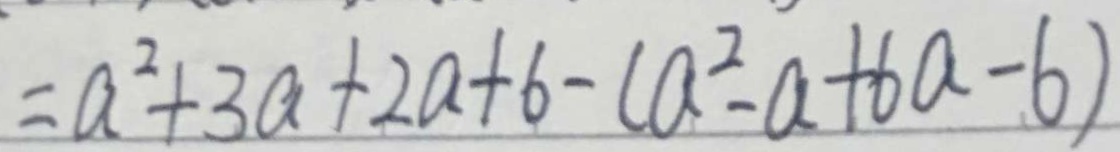
= a ^ { 2 } + 3 a + 2 a + 6 - ( a ^ { 2 } - a + 6 a - b )